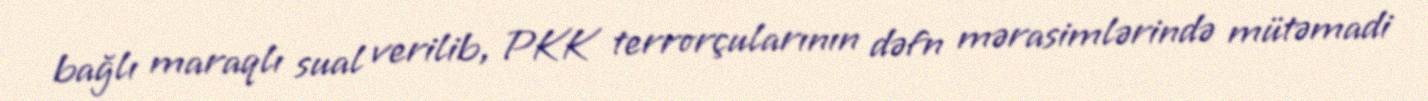
bağlı maraqlı sual verilib, PKK terrorçularının dəfn mərasimlərində mütəmadi